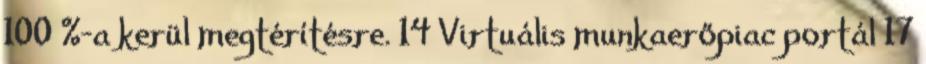
100 %-a kerül megtérítésre. 14 Virtuális munkaerőpiac portál 17